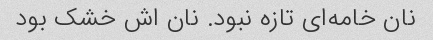
نان خامه‌ای تازه نبود. نان اش خشک بود